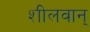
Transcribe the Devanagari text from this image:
शीलवान्